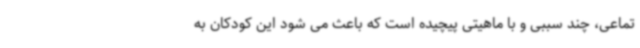
تماعی، چند سببی و با ماهیتی پیچیده است که باعث می شود این کودکان به